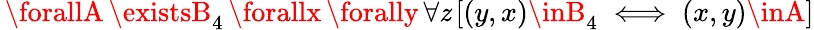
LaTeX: \, \forallA\, \existsB_{4}\, \forallx\, \forally\, \forall\mathit{z}\, [(y,x)\inB_{4}\iff(x,y)\inA]